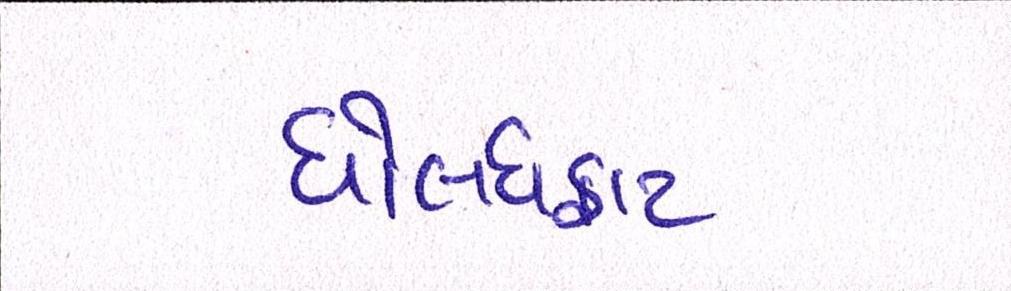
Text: ધોલધફાટ